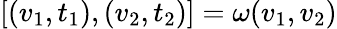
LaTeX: {\left[\begin{array}{l}{(v_{1},t_{1}),(v_{2},t_{2})}\end{array}\right]}=\omega(v_{1},v_{2})